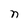
Character: n